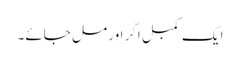
ایک کمبل اگر اور مل جائے۔